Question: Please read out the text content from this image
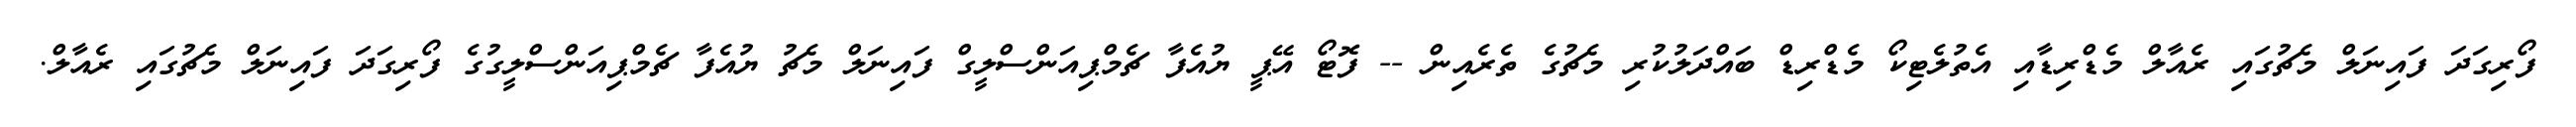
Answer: ފޯރިގަދަ ފައިނަލް މެޗުގައި ރެއާލް މެޑްރިޑާއި އެތުލެޓިކޯ މެޑްރިޑް ބައްދަލުކުރި މެޗުގެ ތެރެއިން -- ފޮޓޯ އޭޕީ ޔުއެފާ ޗެމްޕިއަންސްލީގް ފައިނަލް މެޗު ޔުއެފާ ޗެމްޕިއަންސްލީގުގެ ފޯރިގަދަ ފައިނަލް މެޗުގައި ރެއާލް.